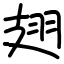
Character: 翅